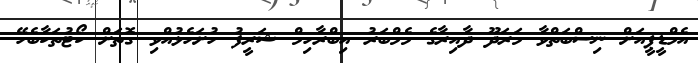
އެމްޑީޕީއަށް ނިސްބަތްވާ މަރަދޫ ދާއިރާގެ މެމްބަރު އިބްރާހިމް ޝަރީފު ހުށަހެޅުއްވި ގޮތަށް ކޯޓުތަކާބެހޭ